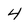
Character: 4